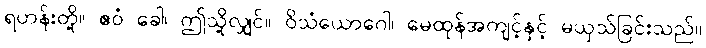
ရဟန်းတို့။ ဧဝံ ခေါ၊ ဤသို့လျှင်။ ဝိသံယောဂေါ၊ မေထုန်အကျင့်နှင့် မယှသ်ခြင်းသည်။